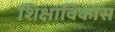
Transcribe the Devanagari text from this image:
शिक्षाविकास